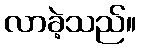
လာခဲ့သည်။